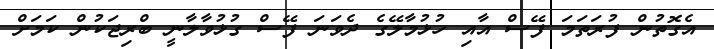
އެގޮތުން ފުރަތަމަ ފޭސް އާއި ހުޅުމާލޭގެ ދެވަނަ ފޭސް ގުޅުވާލާނީ ބްރިޖަކުން ކަމަށް